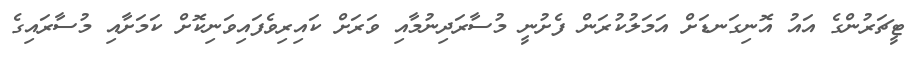
ޓީޗަރުންގެ އައު އޮނިގަނޑަށް އަމަލުކުރަން ފެށުނީ މުސާރަދިނުމާއި ވަރަށް ކައިރިވެފައިވަނިކޮށް ކަމަށާއި މުސާރައިގެ